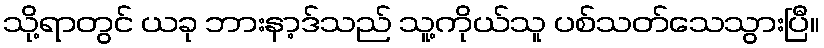
သို့ရာတွင် ယခု ဘားနာ့ဒ်သည် သူ့ကိုယ်သူ ပစ်သတ်သေသွားပြီ။